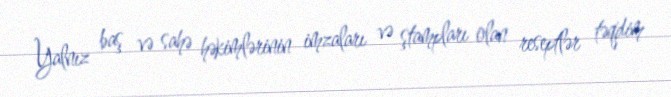
Yalnız baş və sahə həkimlərinin imzaları və ştampları olan reseptlər təqdim